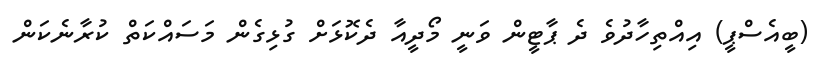
(ބީއެސްޕީ) އިއްތިހާދުވެ ދެ ޕާޓީން ވަނީ މޯދީއާ ދެކޮޅަށް ގުޅިގެން މަސައްކަތް ކުރާނެކަން